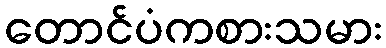
တောင်ပံကစားသမား